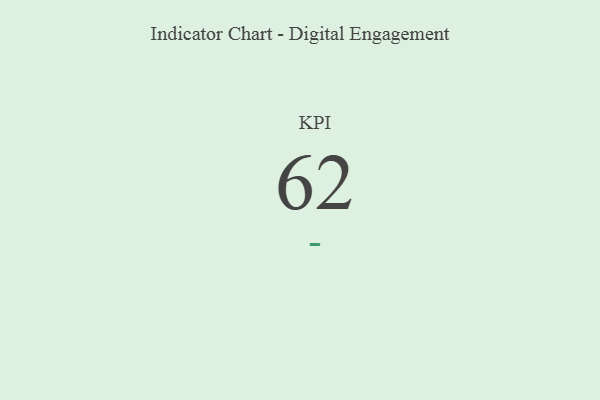
{"axis": {"x": "KPI", "y": "Value"}, "legend": [""], "data": [{"x": "KPI", "y": 62, "type": ""}]}